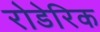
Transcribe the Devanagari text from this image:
रोडेरिक